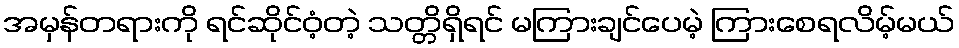
အမှန်တရားကို ရင်ဆိုင်ဝံ့တဲ့ သတ္တိရှိရင် မကြားချင်ပေမဲ့ ကြားစေရလိမ့်မယ်